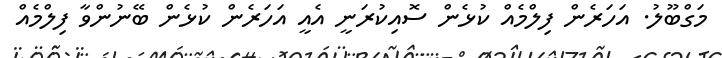
މަގްބޫލު. އަހަރެން ފިލްމެއް ކުޅެން ސޮއިކުރަނީ އެއީ އަހަރެން ކުޅެން ބޭނުންވާ ފިލްމެއް